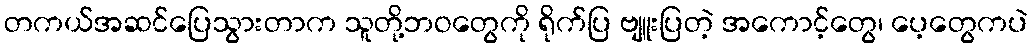
တကယ်အဆင်ပြေသွားတာက သူတို့ဘဝတွေကို ရိုက်ပြ ဗျူးပြတဲ့ အကောင့်တွေ၊ ပေ့တွေကပဲ